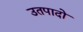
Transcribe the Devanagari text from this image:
उतपादो